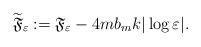
LaTeX: \begin{align*}\widetilde{\mathfrak{F}}_{\varepsilon}:=\mathfrak{F}_{\varepsilon}-4mb_{m}k|\log\varepsilon|.\end{align*}